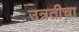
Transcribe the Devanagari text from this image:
उन्नतीचा